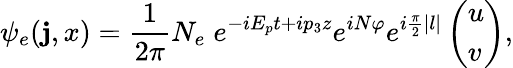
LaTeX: \psi_{e}(\mathbf{j},x)={\frac{{1}}{{2\pi}}}N_{e}\; e^{-iE_{p}t+ip_{3}z}e^{iN\varphi}e^{i{\frac{{\pi}}{{2}}}|l|}\left(\begin{array}{l}{{u}}\\ {{v}}\end{array}\right),